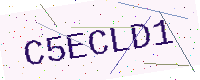
Text: C5ECLD1